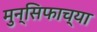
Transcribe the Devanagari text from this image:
मुन्सिफाच्या